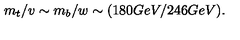
m _ { t } / v \sim m _ { b } / w \sim ( 1 8 0 G e V / 2 4 6 G e V ) .